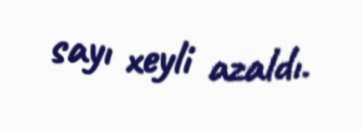
sayı xeyli azaldı.